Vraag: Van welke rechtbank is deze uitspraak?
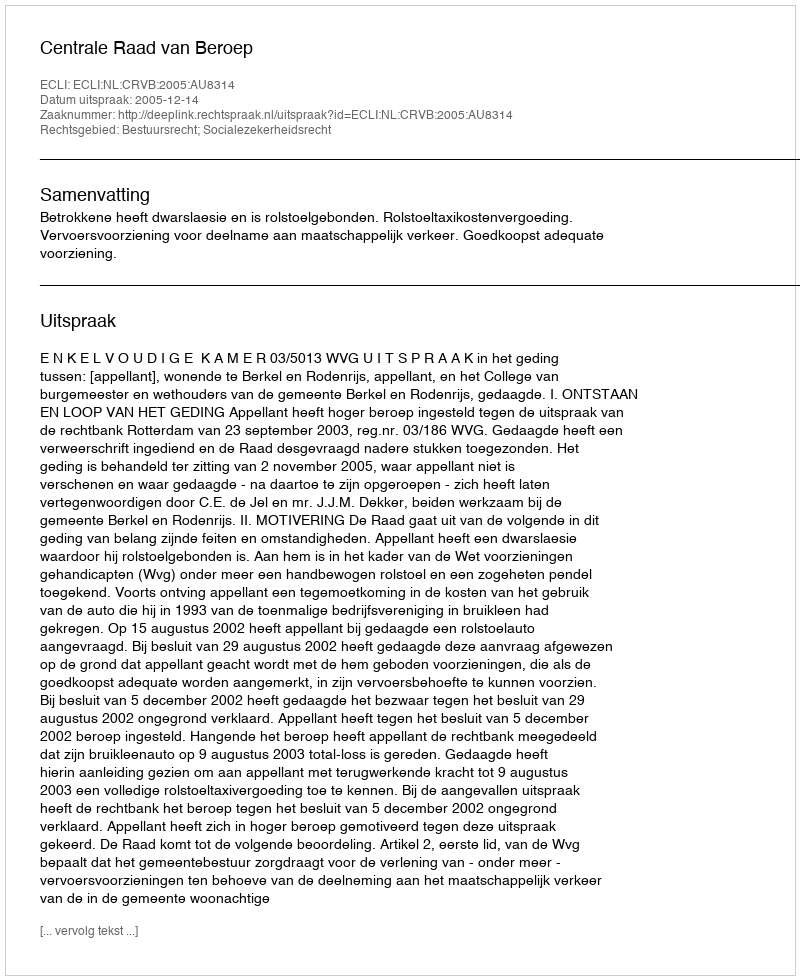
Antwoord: Centrale Raad van Beroep